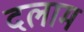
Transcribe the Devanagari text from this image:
दलाम